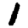
Digit: 1